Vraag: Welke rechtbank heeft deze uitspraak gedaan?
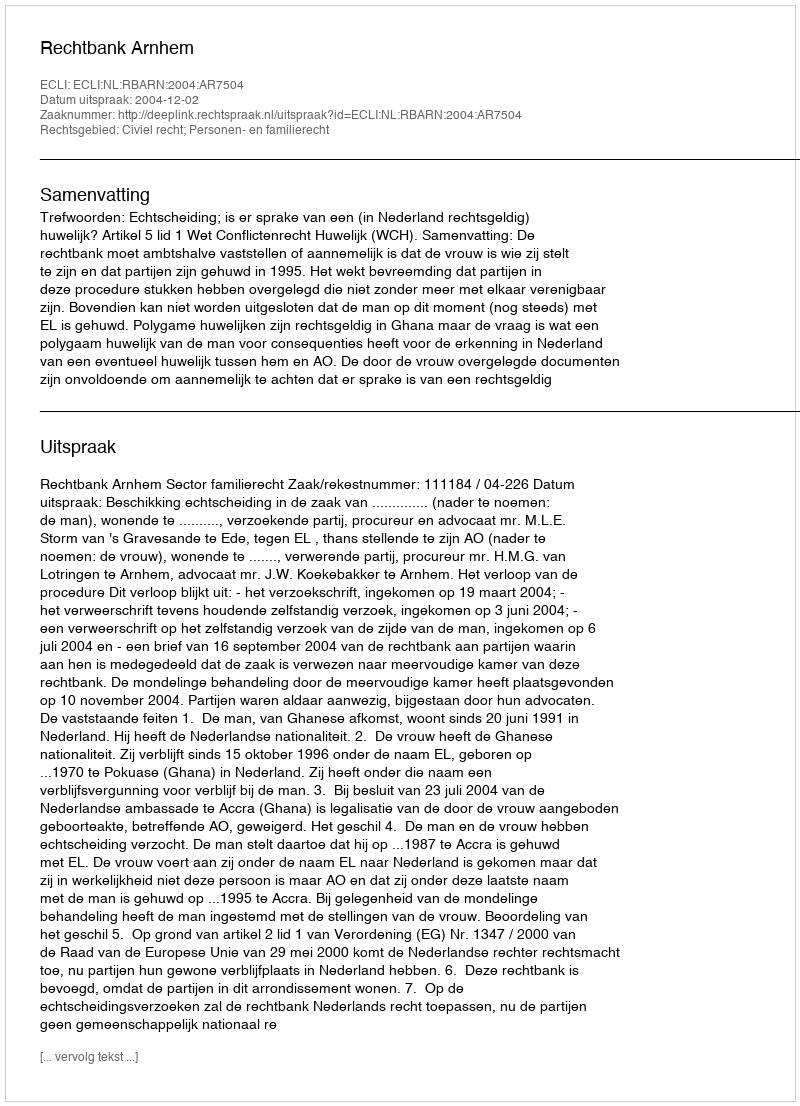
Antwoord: Rechtbank Arnhem